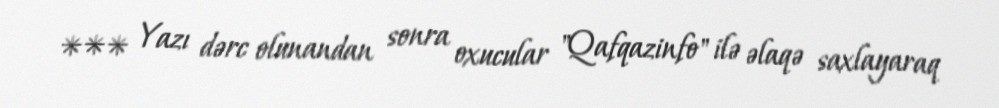
*** Yazı dərc olunandan sonra oxucular "Qafqazinfo" ilə əlaqə saxlayaraq